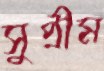
সুপ্রীম